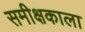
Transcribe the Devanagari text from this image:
समीक्षकाला